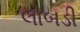
લોબડી